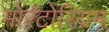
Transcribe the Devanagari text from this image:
मोरॅटोरियम